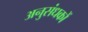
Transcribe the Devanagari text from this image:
अनुसंधकों